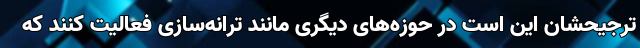
ترجیحشان این است در حوزه‌های دیگری مانند ترانه‌سازی فعالیت کنند که